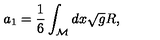
a _ { 1 } = \frac { 1 } { 6 } \int _ { \cal M } d x \sqrt { g } R ,